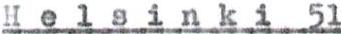
Helsinki 51